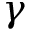
\gamma